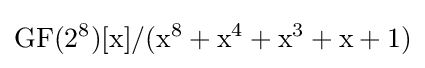
{\rm {{GF}(2^{8})[x]/(x^{8}+x^{4}+x^{3}+x+1)}}